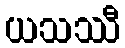
ယသဿီ